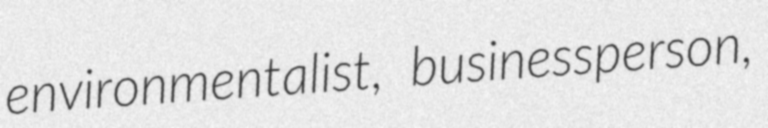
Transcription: environmentalist, businessperson,